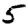
Digit: 5